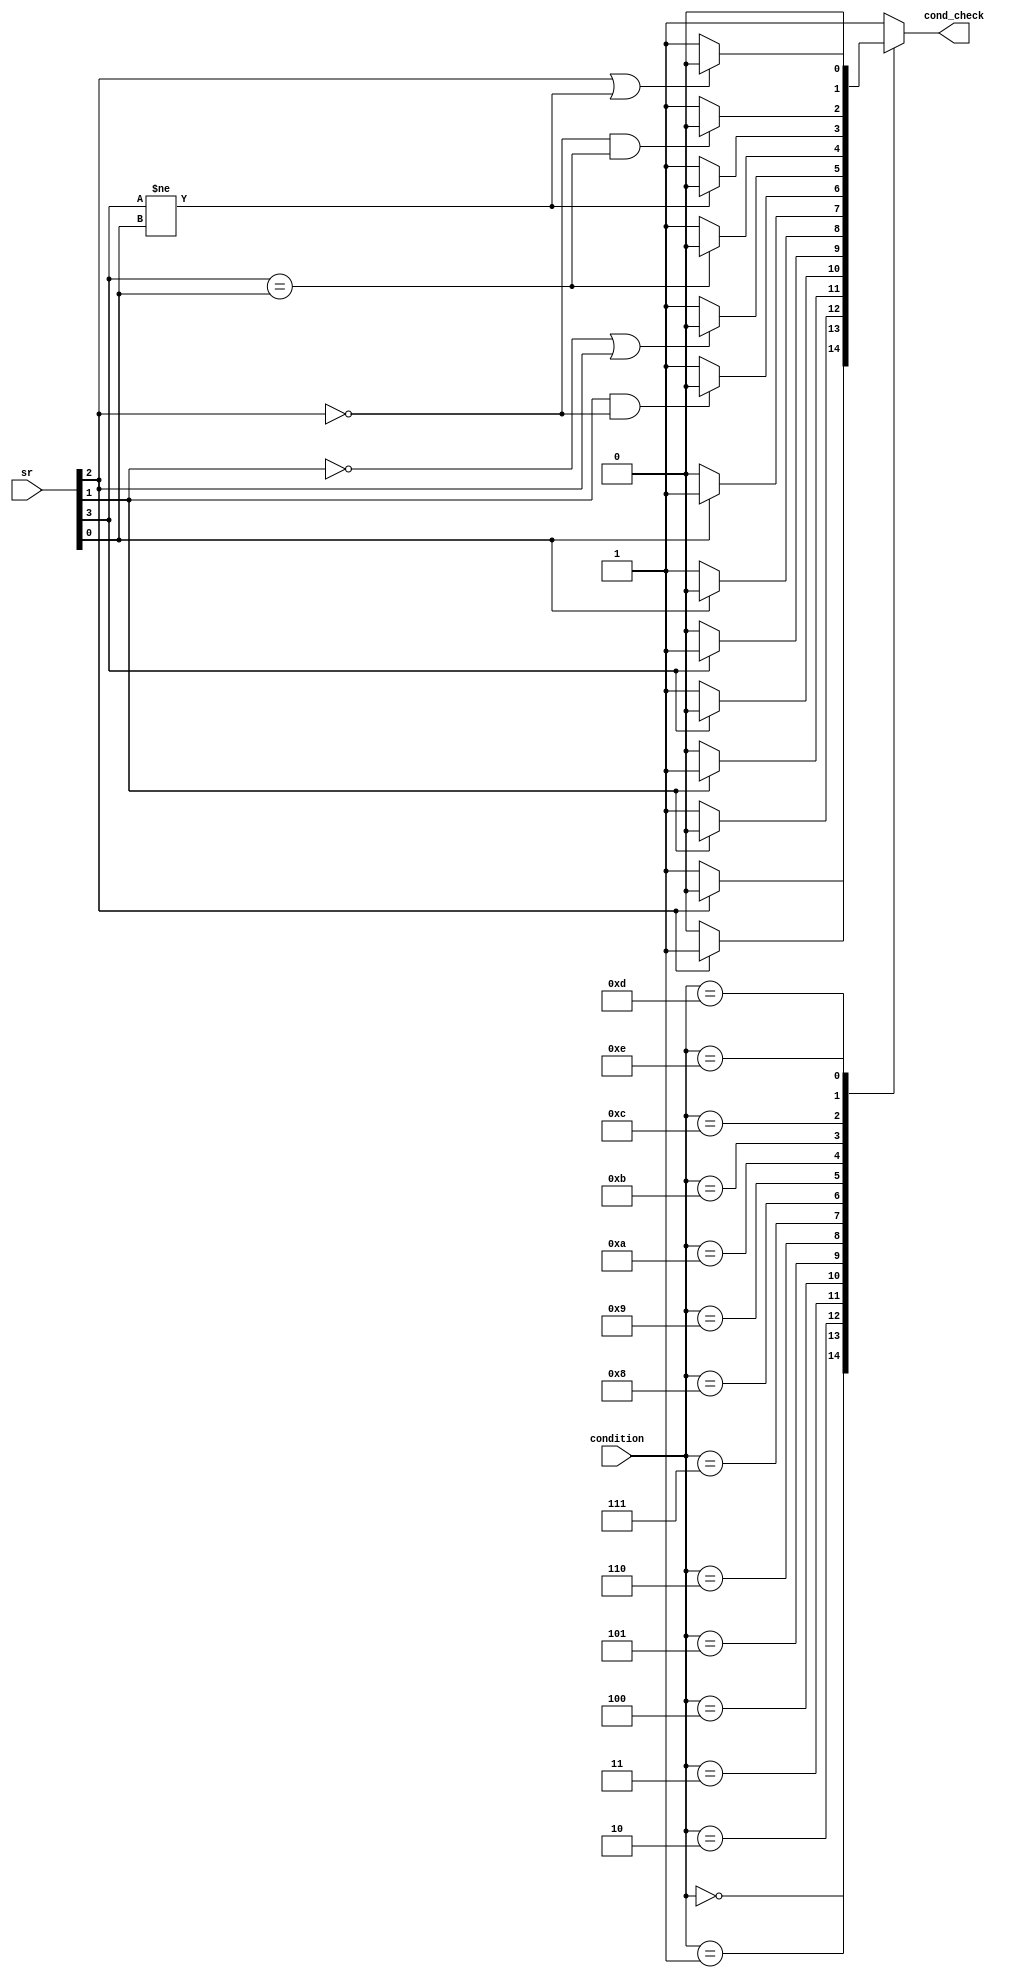
module ConditionCheck (
	input[3:0] sr,
	input[3:0] condition,
	output reg cond_check
);

	//cond_check is active low
	always @(*) begin
		cond_check = 1'b1;
		case(condition) 
			4'd0 /*eq*/ : begin
				if(sr[2/*Z*/] == 1'b1)
					cond_check = 1'b0;
			end
			4'd1 /*ne*/ : begin
				if(sr[2/*Z*/] == 1'b0)
					cond_check = 1'b0;
			end
			4'd2 /*cs_hs*/: begin
				if(sr[1/*C*/] == 1'b1)
					cond_check = 1'b0;
			end
			4'd3 /*cc_lo*/ : begin
				if(sr[1/*C*/] == 1'b0)
					cond_check = 1'b0;
			end
			4'd4 /*mi*/ : begin
				if(sr[3/*N*/] == 1'b1)
					cond_check = 1'b0;
			end
			4'd5 /*pl*/ : begin
				if(sr[3/*N*/] == 1'b0)
					cond_check = 1'b0;
			end
			4'd6 /*vs*/ : begin
				if(sr[0/*V*/] == 1'b1)
					cond_check = 1'b0;
			end
			4'd7 /*vc*/ : begin
				if(sr[0/*V*/] == 1'b0)
					cond_check = 1'b0;
			end
			4'd8 /*hi*/ : begin
				if((sr[1/*C*/] == 1'b1) && (sr[2/*Z*/] == 1'b0))
					cond_check = 1'b0;
			end
			4'd9 /*ls*/ : begin
				if((sr[1/*C*/] == 1'b0) || (sr[2/*Z*/] == 1'b1))
					cond_check = 1'b0;
			end
			4'd10 /*ls*/ : begin
				if(sr[3/*N*/] == sr[0/*V*/])
					cond_check = 1'b0;
			end
			4'd11 /*lt*/ : begin
				if(sr[3/*N*/] != sr[0/*V*/])
					cond_check = 1'b0;
			end
			4'd12 /*gt*/ : begin
				if((sr[2/*Z*/] == 1'b0) && (sr[3/*N*/] == sr[0/*V*/]))
					cond_check = 1'b0;
			end
			4'd13 /*le*/ : begin
				if((sr[2/*Z*/] == 1'b1) || (sr[3/*N*/] != sr[0/*V*/]))
					cond_check = 1'b0;
			end
			4'd14 /*al*/ : begin
				cond_check = 1'b0;
			end
			default : 
				cond_check = 1'b1;

		endcase
	end
endmodule